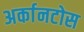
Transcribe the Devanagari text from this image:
अर्कानटोस